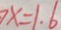
7 x = 1 . 6